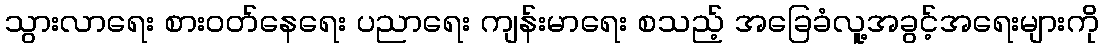
သွားလာရေး စားဝတ်နေရေး ပညာရေး ကျန်းမာရေး စသည့် အခြေခံလူ့အခွင့်အရေးများကို